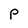
Character: P